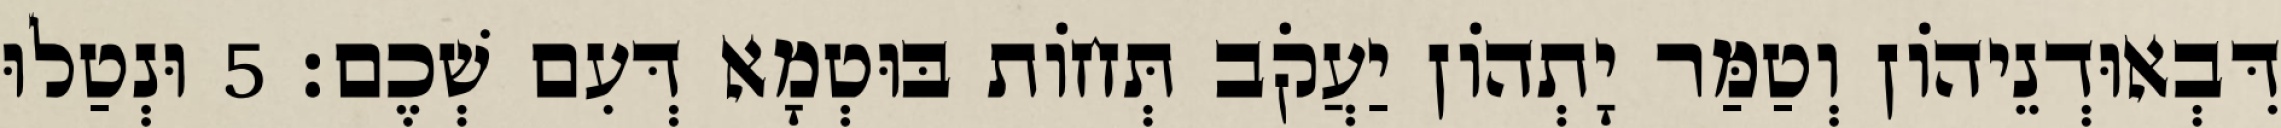
דִּבְאוּדְנֵיהוֹן וְטַמַּר יָתְהוֹן יַעֲקֹב תְּחוֹת בּוּטְמָא דְּעִם שְׁכֶם׃ 5 וּנְטַלוּ